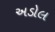
અડોલ